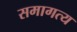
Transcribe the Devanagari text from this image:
समागत्य